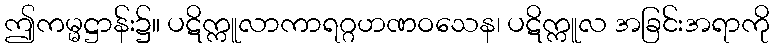
ဤကမ္မဋ္ဌာန်း၌။ ပဋိက္ကူလာကာရဂ္ဂဟဏဝသေန၊ ပဋိက္ကူလ အခြင်းအရာကို